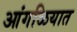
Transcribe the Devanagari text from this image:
आंगळियात